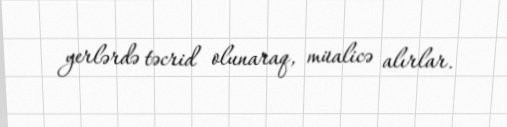
yerlərdə təcrid olunaraq, müalicə alırlar.